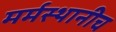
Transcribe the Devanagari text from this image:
मर्मस्थानीच